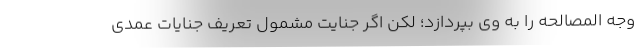
وجه المصالحه را به وی بپردازد؛ لکن اگر جنایت مشمول تعریف جنایات عمدی